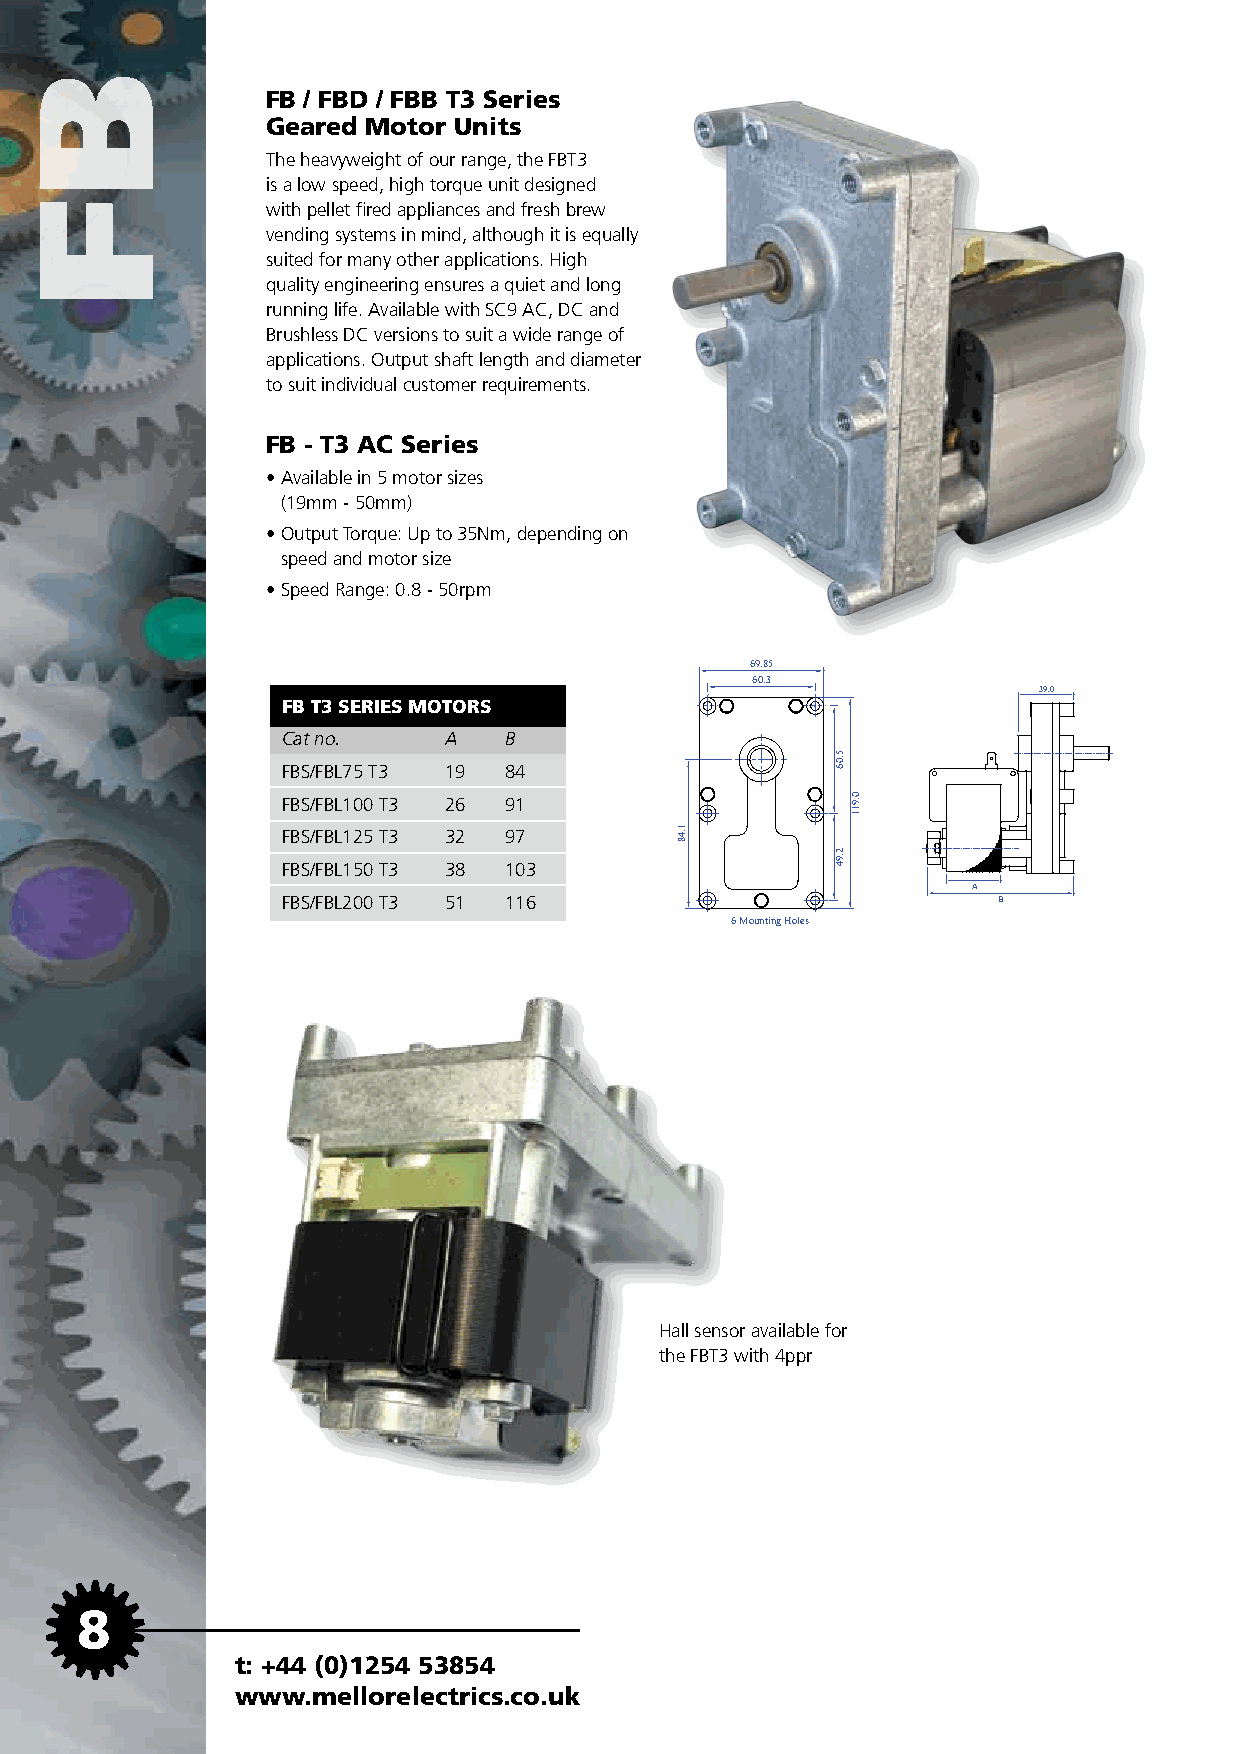
FB / FBD / FBB T3 Series
 Geared Motor Units
 The heavyweight of our range, the FBT3
 is a low speed, high torque unit designed
 with pellet fired appliances and fresh brew
 vending systems in mind, although it is equally
 suited for many other applications. High
 quality engineering ensures a quiet and long
 running life. Available with SC9 AC, DC and
 Brushless DC versions to suit a wide range of
 applications. Output shaft length and diameter
 to suit individual customer requirements.
 FB - T3 AC Series
 • Available in 5 motor sizes
 (19mm - 50mm)
 • Output Torque: Up to 35Nm, depending on
 speed and motor size
 • Speed Range: 0.8 - 50rpm
 69.85
 60.3
 39.0
 FB T3 SERIES MOTORS
 Cat no.   A   B
 FBS/FBL75 T3 19 84
 FBS/FBL100 T3 26 91
 FBS/FBL125 T3 32 97
 FBS/FBL150 T3 38 103
 A
 FBS/FBL200 T3 51 116                           B
 6 Mounting Holes
 Hall sensor available for
 the FBT3 with 4ppr
 8
 t: +44 (0)1254 53854
 www.mellorelectrics.co.uk
 BF
 1.48
 5.06
 2.94
 0.911